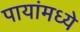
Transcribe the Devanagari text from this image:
पायांमध्ये